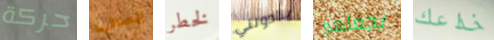
حركة إيصالها لخطر ينادونني يجعلهم خداعك